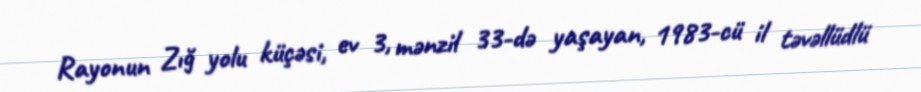
Rayonun Zığ yolu küçəsi, ev 3, mənzil 33-də yaşayan, 1983-cü il təvəllüdlü